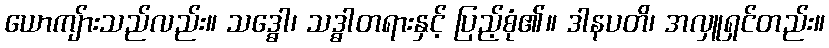
ယောကျ်ားသည်လည်း။ သဒ္ဓေါ၊ သဒ္ဓါတရားနှင့် ပြည့်စုံ၏။ ဒါနပတိ၊ အလှူရှင်တည်း။